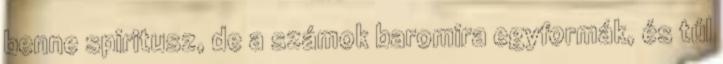
benne spiritusz, de a számok baromira egyformák, és túl